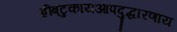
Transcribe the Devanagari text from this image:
ह्रींबटुकायआपदुद्धारणाय